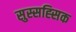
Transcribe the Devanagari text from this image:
सुस्सह्सिक